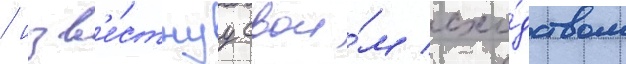
/ изв'е́стнуу свои́м схо́дством